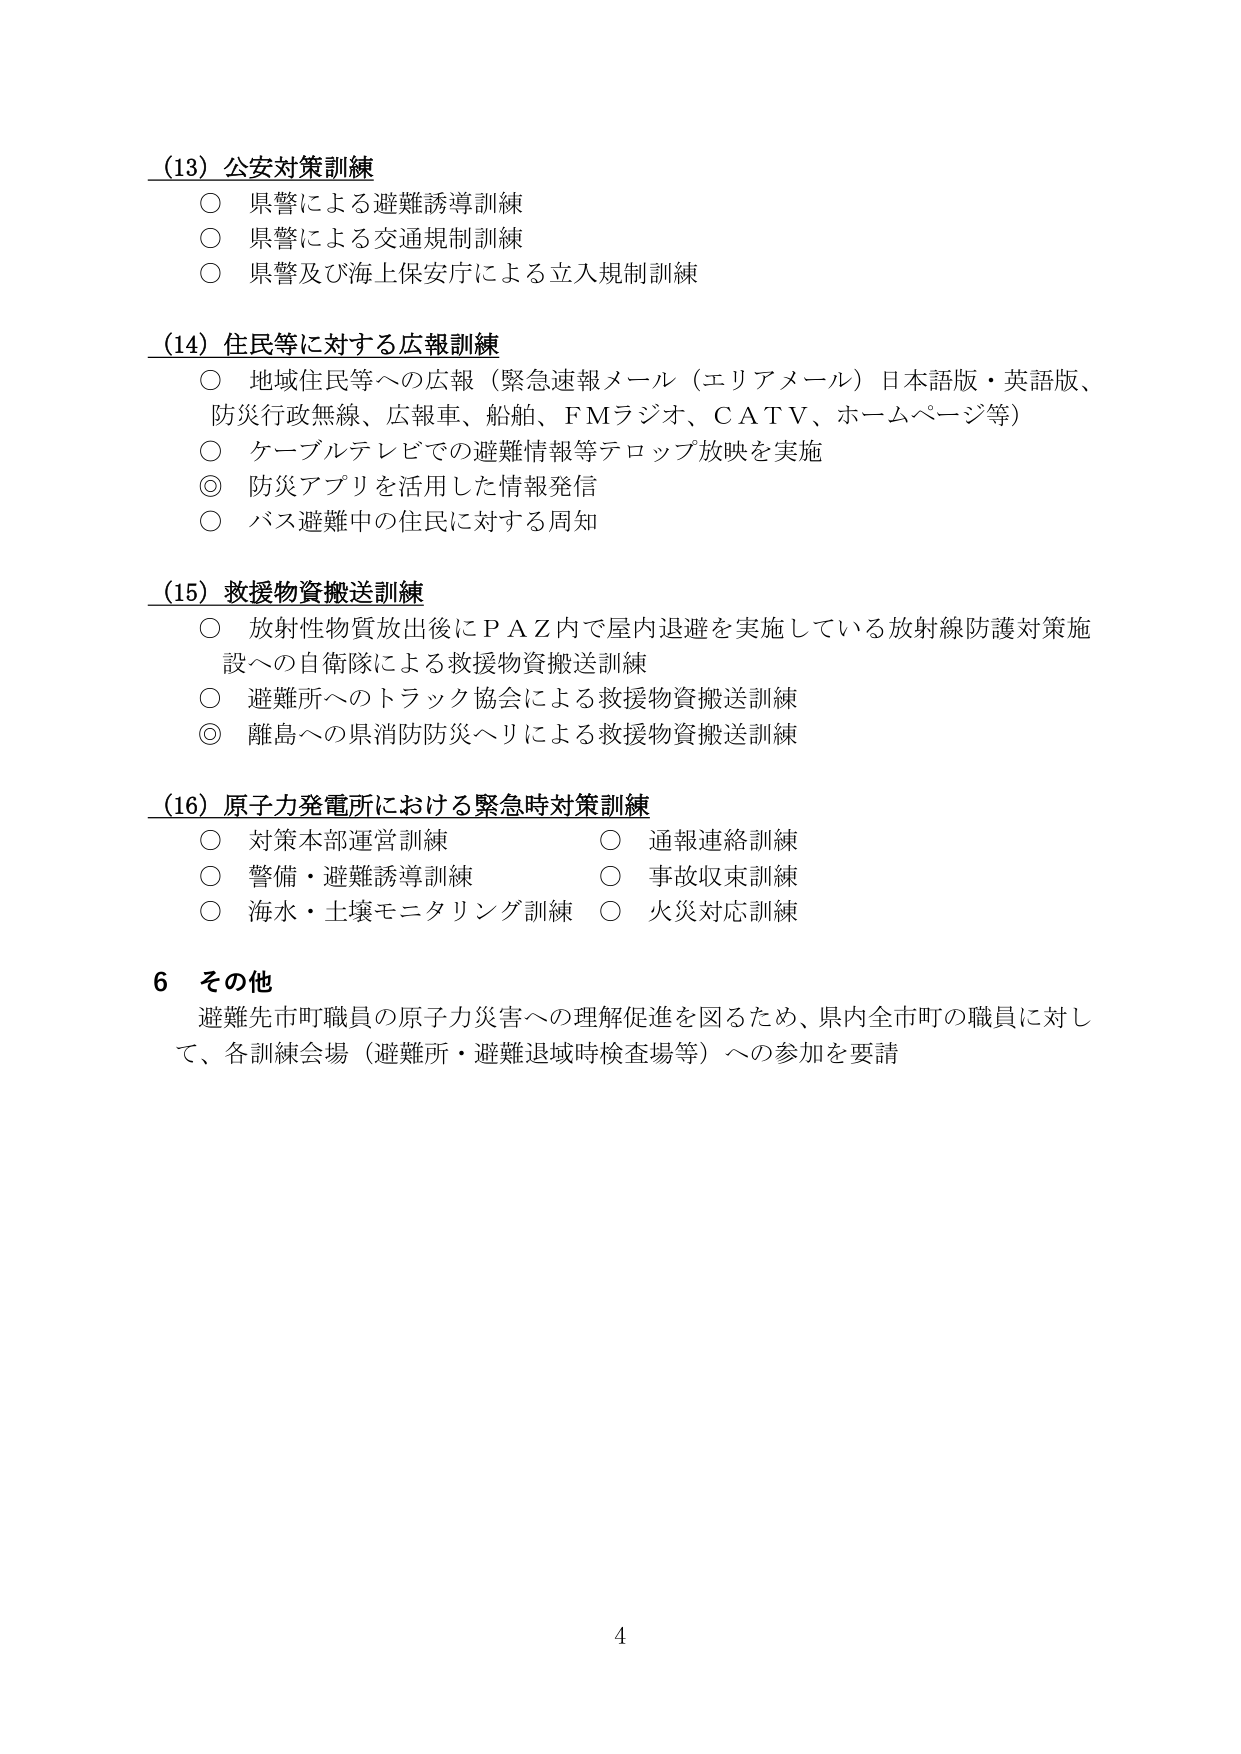
(13) 公安対策訓練
○ 県警による避難誘導訓練
○ 県警による交通規制訓練
○ 県警及び海上保安庁による立入規制訓練

(14) 住民等に対する広報訓練
○ 地域住民等への広報（緊急速報メール（エリアメール）日本語版・英語版、防災行政無線、広報車、船舶、FMラジオ、CATV、ホームページ等）
○ ケーブルテレビでの避難情報等テロップ放映を実施
◎ 防災アプリを活用した情報発信
○ バス避難中の住民に対する周知

(15) 救援物資搬送訓練
○ 放射性物質放出後にＰＡＺ内で屋内退避を実施している放射線防護対策施設への自衛隊による救援物資搬送訓練
○ 避難所へのトラック協会による救援物資搬送訓練
◎ 離島への県消防防災ヘリによる救援物資搬送訓練

(16) 原子力発電所における緊急時対策訓練
○ 対策本部運営訓練　　　　　○ 通報連絡訓練
○ 警備・避難誘導訓練　　　　○ 事故収束訓練
○ 海水・土壌モニタリング訓練　○ 火災対応訓練

6 その他
避難先市町職員の原子力災害への理解促進を図るため、県内全市町の職員に対して、各訓練会場（避難所・避難退域時検査場等）への参加を要請

4